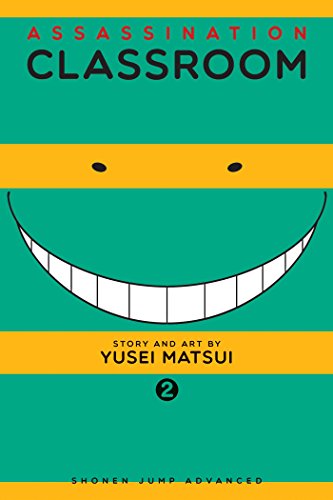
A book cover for Assassination Classroom, Vol. 2; Yusei Matsui; Comics & Graphic Novels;